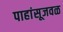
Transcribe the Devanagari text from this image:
पाहांसूजवळ